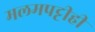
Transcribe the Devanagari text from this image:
मलमपट्टीही